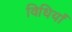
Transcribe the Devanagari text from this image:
विधियाँं